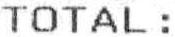
TOTAL :